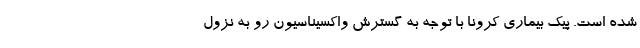
شده است. پیک بیماری کرونا با توجه به گسترش واکسیناسیون رو به نزول